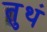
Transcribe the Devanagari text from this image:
तुथं